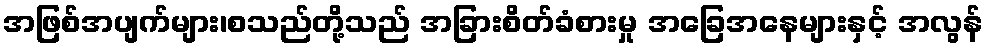
အဖြစ်အပျက်များ၊စသည်တို့သည် အခြားစိတ်ခံစားမှု အခြေအနေများနှင့် အလွန်